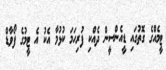
ޓީމެއްގެ ގޮތުގައި ޑީއެންސީން ދެއްކި ފުރިހަމަ ކުޅުމާ އެކު އެ ޓީމުގެ ފޯވާޑް